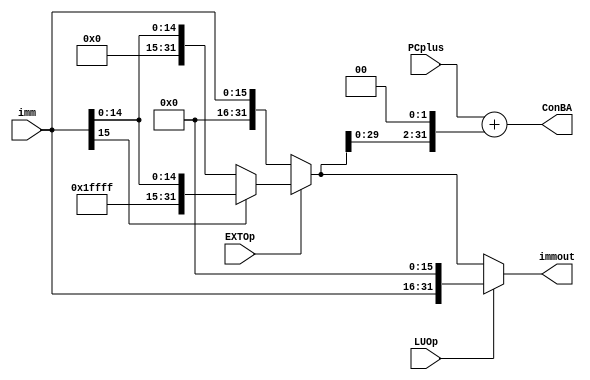
`timescale 1ns/1ps

module signextend(imm,PCplus,EXTOp,LUOp,ConBA,immout);

input [15:0] imm;
input [31:0] PCplus;
input EXTOp;
input LUOp;
output [31:0] ConBA;
output [31:0] immout;

reg [31:0] extimm;

always @(*)
begin
  if(EXTOp)
  begin
    if(imm[15]) extimm <= {16'hffff,imm};
    else extimm <= {16'h0,imm};
  end
  else extimm <= {16'h0,imm};
end

assign ConBA = PCplus + (extimm << 2);
assign immout = (LUOp == 1'b1) ? {imm,16'h0} : extimm;

endmodule